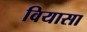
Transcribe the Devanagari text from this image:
वियासा